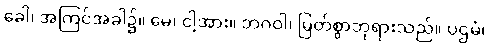
ခေါ၊ အကြင်အခါ၌။ မေ၊ ငါ့အား။ ဘဂဝါ၊ မြတ်စွာဘုရားသည်။ ပဌမံ၊